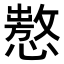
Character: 𢢡